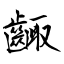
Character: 齱